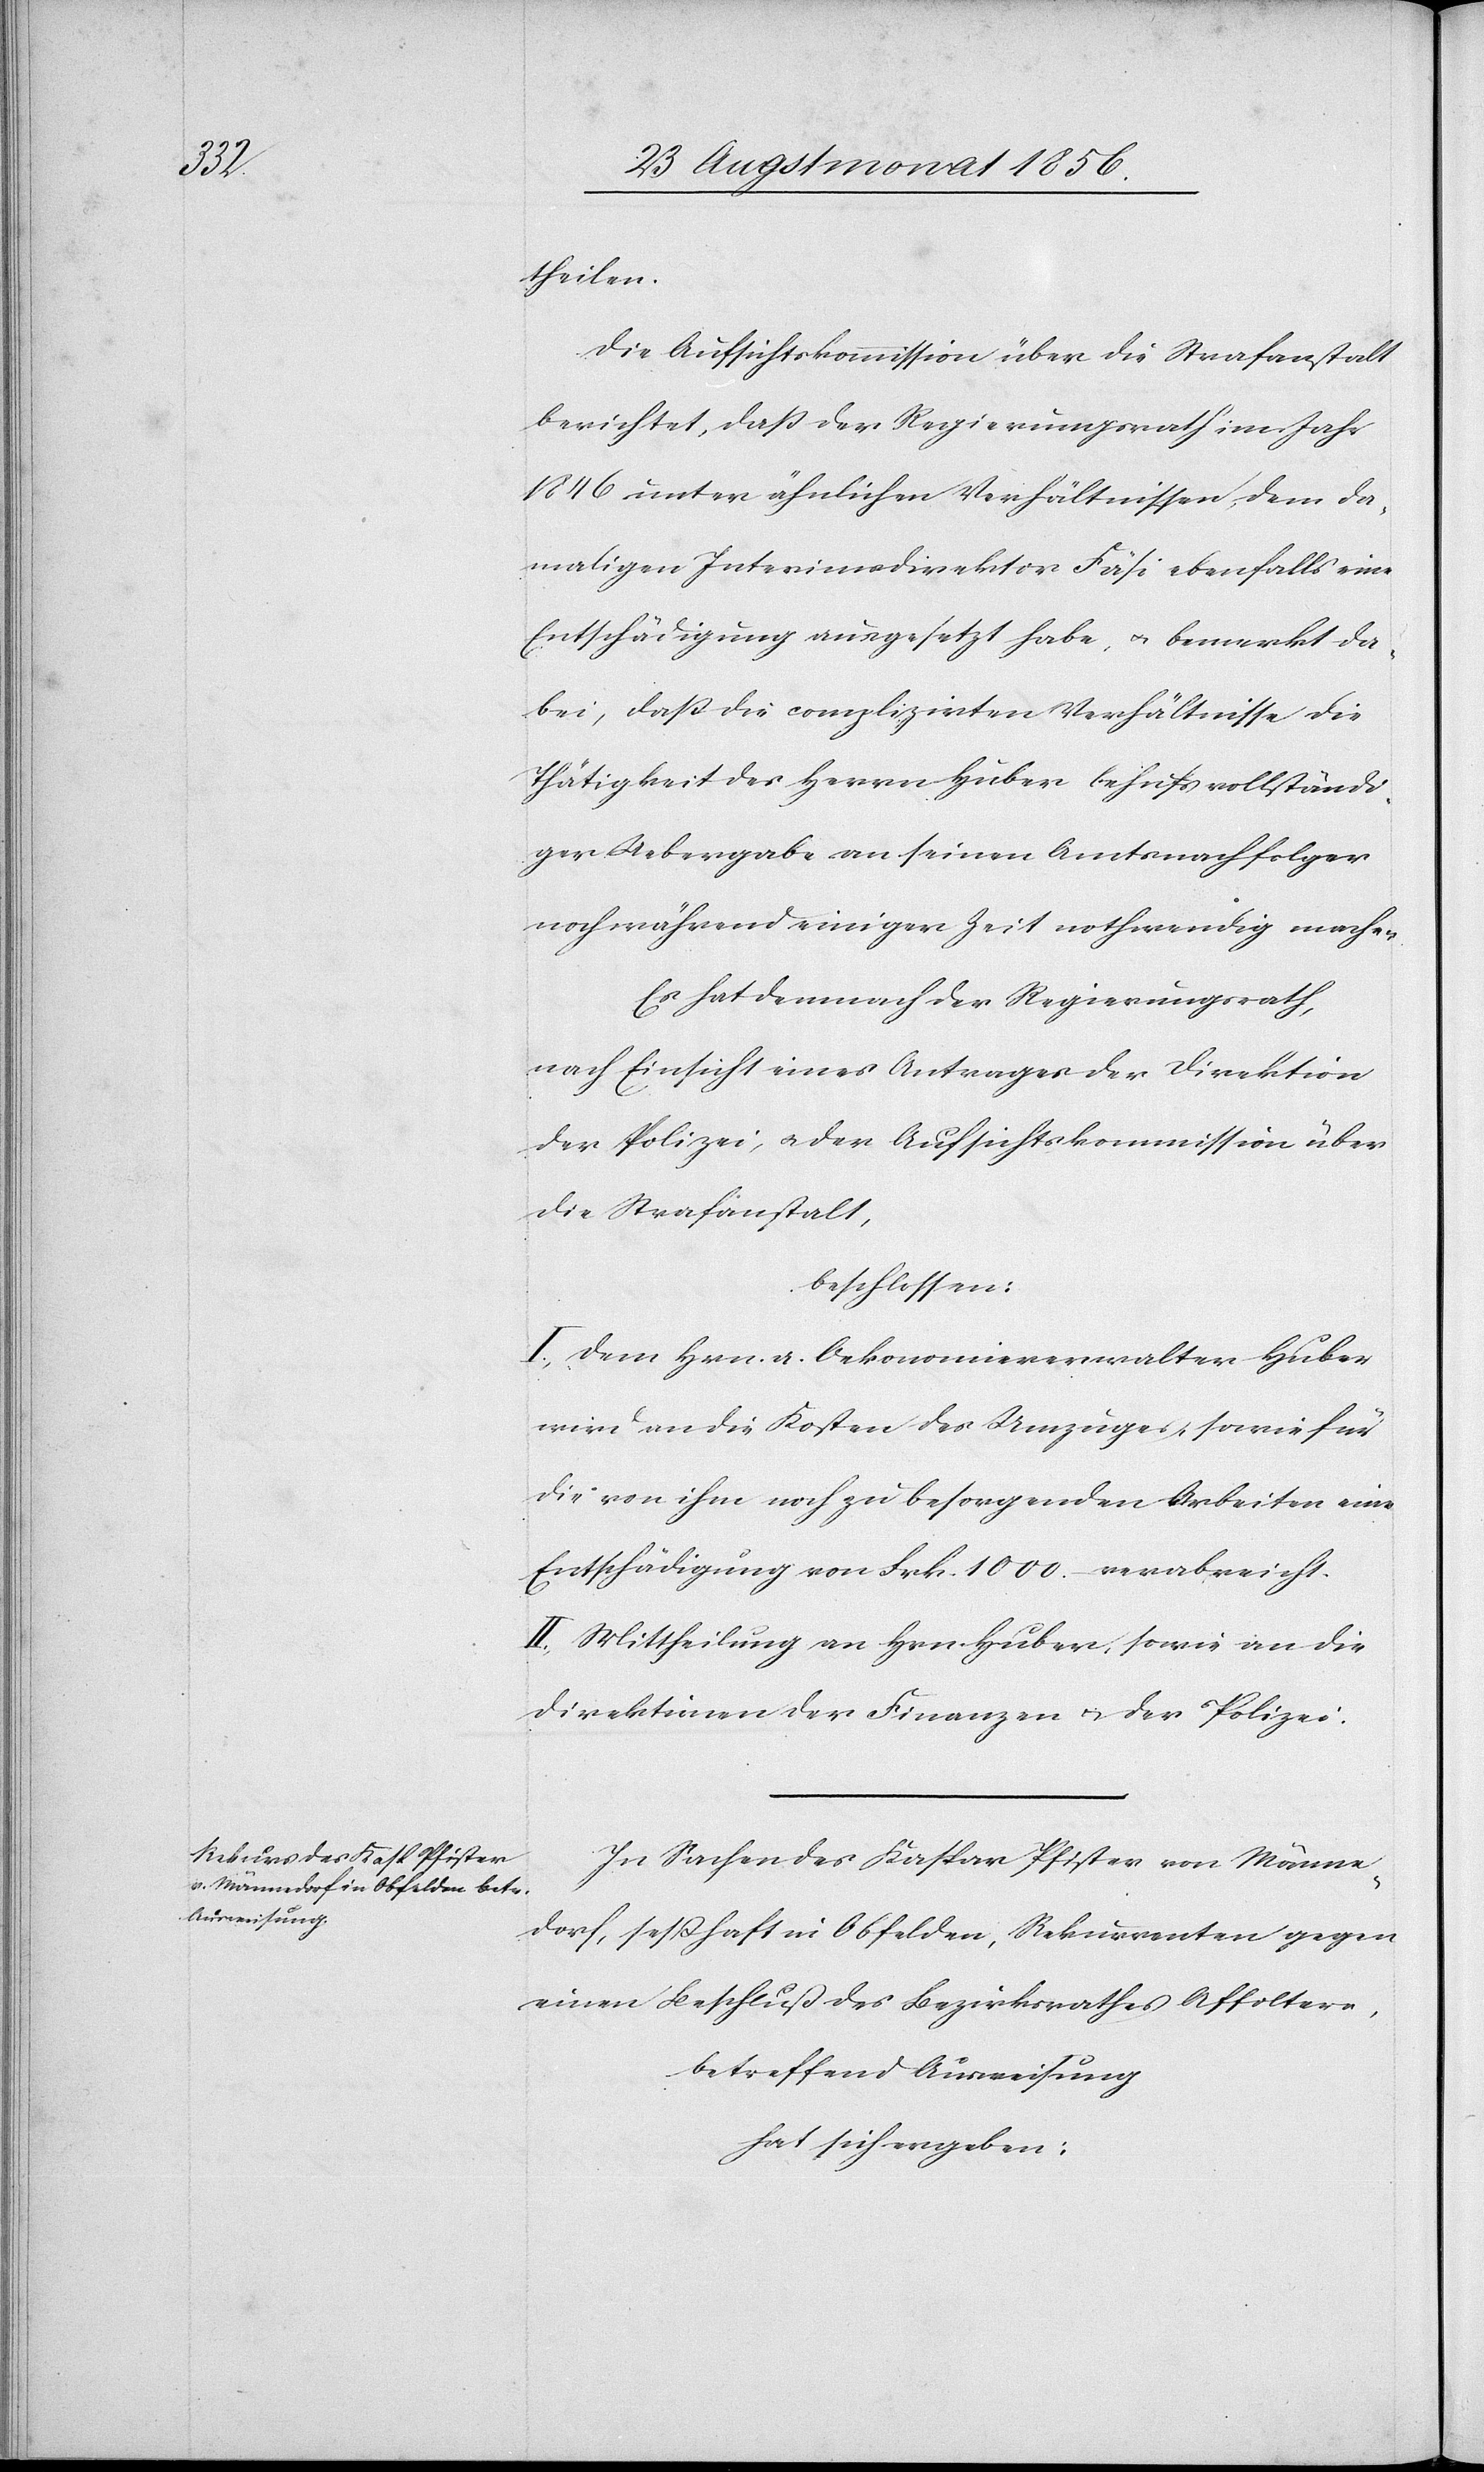
theilen.
Die Aufsichtskommission über die Strafanstalt
berichtet, dass der Regierungsrath im Jahr
1846 unter ähnlichen Verhältnissen, dem da¬
maligen Interimsdirektor Fäsi ebenfalls eine
Entschädigung ausgesetzt habe, u. bemerkt, da¬
bei, dass die complizirten Verhältnisse die
Thätigkeit des Herrn Huber behufs vollständi¬
ger Uebergabe an seinen Amtsnachfolger
noch während einiger Zeit nothwendig machen.
Es hat demnach der Regierungsrath,
nach Einsicht eines Antrages der Direktion
der Polizei, u. der Aufsichtskommission über
die Strafanstalt,
beschlossen:
I.) Dem Hrn. a. Oekonomieverwalter Huber
wird an die Kosten des Umzuges, sowie für
die von ihm noch zu besorgenden Arbeiten eine
Entschädigung von Frk. 1000.– verabreicht.
II.) Mittheilung an Hrn. Huber; sowie an die
Direktionen der Finanzen u. der Polizei.
In Sachen des Kaspar Pfister von Männe¬
dorf, sesshaft in Obfelden, Rekurrenten gegen
einen Beschluß des Bezirksrathes Affoltern,
betreffend Ausweisung
hat sich ergeben: